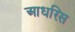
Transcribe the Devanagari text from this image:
आधरिस